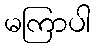
မကြာပါ